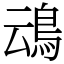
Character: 䲰